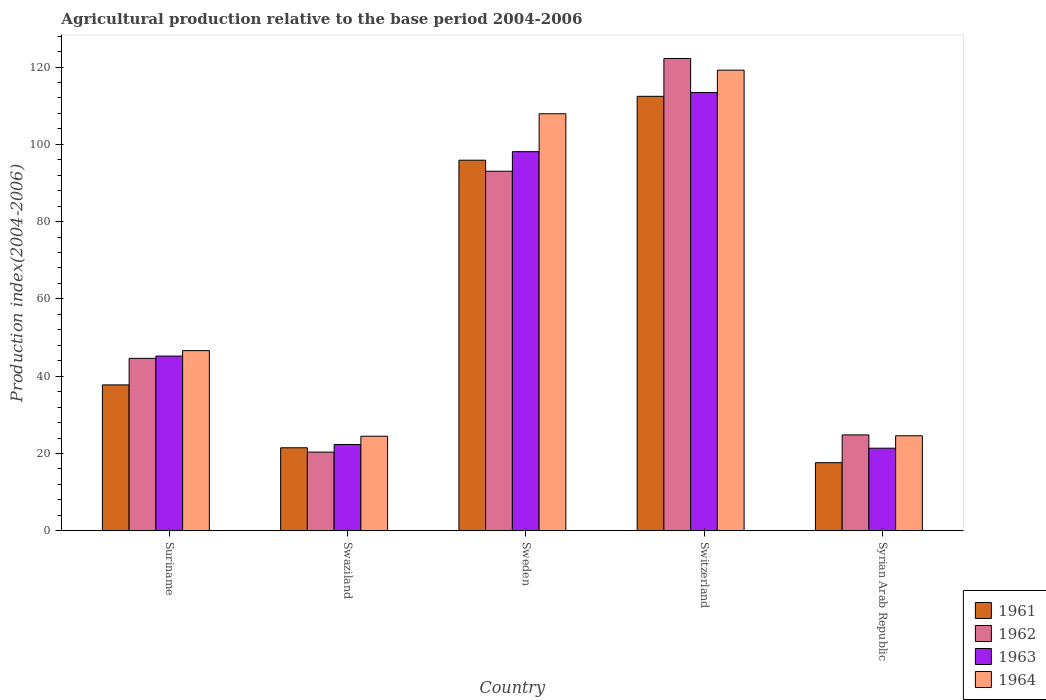
| Country | 1961 | 1962 | 1963 | 1964 |
 | --- | --- | --- | --- | --- |
 | Suriname | 37.8 | 44.6 | 45.2 | 46.6 |
 | Swaziland | 21.5 | 20.4 | 22.3 | 24.5 |
 | Sweden | 95.9 | 93 | 98.1 | 108 |
 | Switzerland | 112 | 122 | 113 | 119 |
 | Syrian Arab Republic | 17.6 | 24.8 | 21.4 | 24.6 |